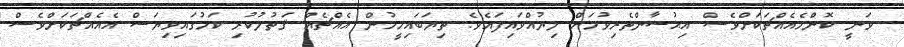
ވަނީ ކޮންމެއެއްޗަކަށްވެސް އިޙުސާންތެރިވުމަށް ލިޔުއްވައިފައެވެ. ތިޔަބައިމީހުން އެއްޗެއް ޤަތުލުކުރި ކަމުގައިވިޔަސް އެއެއްޗަކަށްވެސް